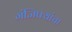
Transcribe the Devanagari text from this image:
गंजिफ्यांचा